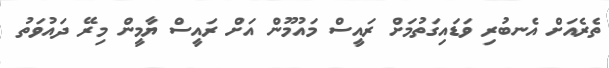
ތެރެއަށް އެނބުރި ވަޑައިގަތުމަށް ރައީސް މައުމޫން އަށް ރައީސް ޔާމީން މިރޭ ދައުވަތު